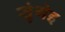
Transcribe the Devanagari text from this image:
सुंगेइ